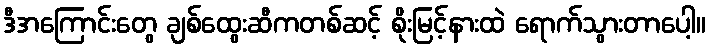
ဒီအကြောင်းတွေ ချစ်ထွေးဆီကတစ်ဆင့် စိုးမြင့်နားထဲ ရောက်သွားတာပေါ့။